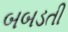
બબડતી